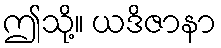
ဤသို့။ ယဒိဇာနာ